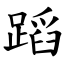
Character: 蹈